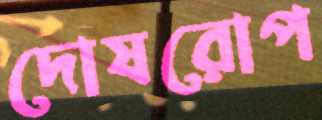
দোষরোপ